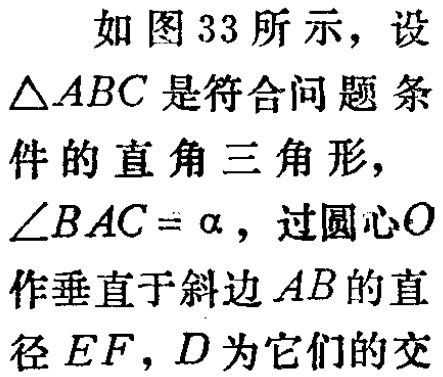
如图 33 所示，设
$\triangle ABC$是符合问题条件的直角三角形，
$\angle BAC = \alpha$，过圆心$O$
作垂直于斜边$AB$的直
径$EF$，$D$为它们的交